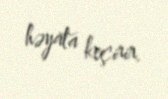
həyata keçirir.